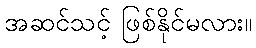
အဆင်သင့် ဖြစ်နိုင်မလား။